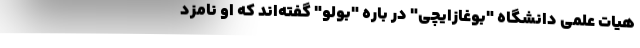
هیات علمی دانشگاه "بوغازایچی" در باره "بولو" گفته‌اند که او نامزد